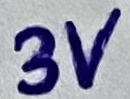
Text: 3V